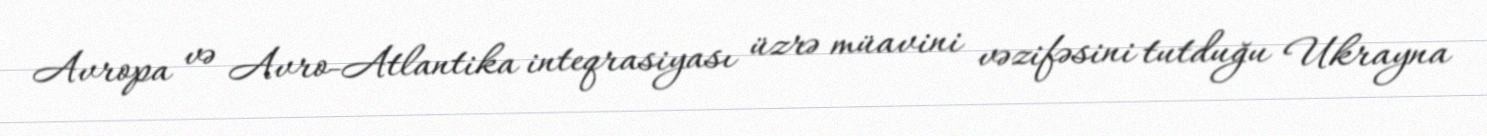
Avropa və Avro-Atlantika inteqrasiyası üzrə müavini vəzifəsini tutduğu Ukrayna